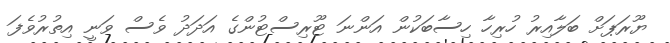
ޔޫރަޕަށް ބަލާއިރު ހުރިހާ ހިސާބަކުން އަންނަ ޓޫރިސްޓުންގެ އަދަދު ވެސް ވަނީ އިތުރުވެފަ